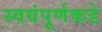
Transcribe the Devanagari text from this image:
स्वयंपूर्णकडे